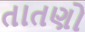
તાતણો